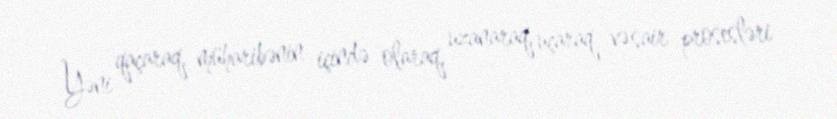
Yəni qaçaraq, müharibənin içində olaraq, uzanaraq, uçaraq və sair prosesləri